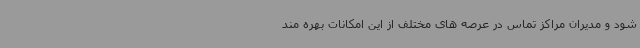
شود و مدیران مراکز تماس در عرصه های مختلف از این امکانات بهره مند